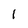
Character: 1